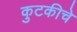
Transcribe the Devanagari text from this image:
कुटकीचे